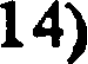
14)